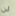
لن